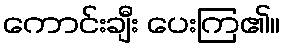
ကောင်းချီး ပေးကြ၏။